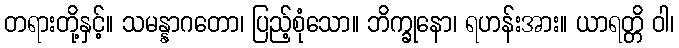
တရားတို့နှင့်။ သမန္နာဂတော၊ ပြည့်စုံသော။ ဘိက္ခုနော၊ ရဟန်းအား။ ယာရတ္တိ ဝါ၊